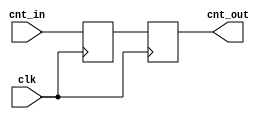
module async_reg ( 
    input clk 
    ,input [31:0] cnt_in 
    ,output reg [31:0] cnt_out
); 

    reg [31:0] cnt_d1; 

    always @ (posedge clk) begin 
        cnt_d1 <= cnt_in ;
        cnt_out <= cnt_d1 ;
    end

endmodule 

module clkgate ( 
    input clk 
    ,input clk_en 
    ,output clk_out 
); 

    assign clk_out = (clk_en == 1) ? clk : 0 ;

endmodule 

module sram_1p  ( 
    input clk 
    ,input ce 
    ,input we 
    ,input [31:0] bwe 
    ,input [31:0] addr 
    ,input [31:0] data 
    ,output reg [31:0] q 
); 

    reg [31:0] mem [0:65536] ;
    
    always @ (posedge clk) begin
        if (ce && we) begin
            mem[addr] = (data & bwe) | (mem[addr] & ~bwe); 
        end
        if (!ce) begin
            q <= mem[addr];
        end
    end

endmodule 

module counter0 ( 
    input clk_1, 
    input clk_2, 
    input clk_3, 
    input clken, 
    output [31:0] cnt, 
    input rstn 
); 

    reg [31:0] cnt_1; 
    reg [31:0] cnt_2; 
    reg [31:0] cnt_3; 
    wire [31:0] cnt_mem; 

    wire [31:0] cnt_2_sync; 
    wire [31:0] cnt_3_sync; 

    wire clk_1_gated; 
    wire clk_2_gated; 
    wire clk_3_gated; 

    assign cnt = cnt_1  | cnt_2_sync  | cnt_3_sync  | cnt_mem ;

    clkgate u_clkgate_1 (
        .clk(clk_1),
        .clk_en (clken),
        .clk_out (clk_1_gated)
    );

    clkgate u_clkgate_2 (
        .clk(clk_2),
        .clk_en (clken),
        .clk_out (clk_2_gated)
    );

    clkgate u_clkgate_3 (
        .clk(clk_3),
        .clk_en (clken),
        .clk_out (clk_3_gated)
    );

    async_reg u_async_reg_2 (
        .clk(clk_1),
        .cnt_in (cnt_2),
        .cnt_out (cnt_2_sync)
    );

    async_reg u_async_reg_3 (
        .clk(clk_1),
        .cnt_in (cnt_3),
        .cnt_out (cnt_3_sync)
    );

    sram_1p u_sram (
        .clk(clk_1),
        .ce(~clk_1),
        .bwe(32'b11111111111111111111111111111111),
        .we(1'b1),
        .addr(cnt),
        .data(cnt),
        .q (cnt_mem)
    );

    always @ (posedge clk_1_gated or negedge rstn) begin 
        if (~rstn) begin 
            cnt_1 <= 'h0 ; 
        end 
        else begin 
            cnt_1 <= cnt_1 + 1 ;
        end 
    end 
    
    always @ (posedge clk_2_gated or negedge rstn) begin 
        if (~rstn) begin 
            cnt_2 <= 'h0 ; 
        end 
        else begin 
            cnt_2 <= cnt_2 + 1 ;
        end 
    end 
    
    always @ (posedge clk_3_gated or negedge rstn) begin 
        if (~rstn) begin 
            cnt_3 <= 'h0 ; 
        end 
        else begin 
            cnt_3 <= cnt_3 + 1 ;
        end 
    end 
    
endmodule 
    
module counter ( 
    input clk_1, 
    input clk_2, 
    input clk_3, 
    input clken, 
    input [31:0] start, 
    output [31:0] cnt, 
    input rstn 
); 

    reg [31:0] cnt_1; 
    reg [31:0] cnt_2; 
    reg [31:0] cnt_3; 
    wire [31:0] cnt_mem; 

    wire [31:0] cnt_2_sync; 
    wire [31:0] cnt_3_sync; 

    wire clk_1_gated; 
    wire clk_2_gated; 
    wire clk_3_gated; 

    assign cnt = cnt_1  | cnt_2_sync  | cnt_3_sync  | start | cnt_mem ;

    clkgate u_clkgate_1 (
        .clk(clk_1),
        .clk_en (clken),
        .clk_out (clk_1_gated)
    );

    clkgate u_clkgate_2 (
        .clk(clk_2),
        .clk_en (clken),
        .clk_out (clk_2_gated)
    );

    clkgate u_clkgate_3 (
        .clk(clk_3),
        .clk_en (clken),
        .clk_out (clk_3_gated)
    );

    async_reg u_async_reg_2 (
        .clk(clk_1),
        .cnt_in (cnt_2),
        .cnt_out (cnt_2_sync)
    );

    async_reg u_async_reg_3 (
        .clk(clk_1),
        .cnt_in (cnt_3),
        .cnt_out (cnt_3_sync)
    );

    sram_1p u_sram (
        .clk(clk_1),
        .ce(~clk_1),
        .bwe(32'b11111111111111111111111111111111),
        .we(1'b1),
        .addr(cnt),
        .data(cnt),
        .q (cnt_mem)
    );

    always @ (posedge clk_1_gated or negedge rstn) begin 
        if (~rstn) begin 
            cnt_1 <= start ; 
        end 
        else begin 
            cnt_1 <= cnt_1 + 1 ;
        end 
    end 
    
    always @ (posedge clk_2_gated or negedge rstn) begin 
        if (~rstn) begin 
            cnt_2 <= start ; 
        end 
        else begin 
            cnt_2 <= cnt_2 + 1 ;
        end 
    end 
    
    always @ (posedge clk_3_gated or negedge rstn) begin 
        if (~rstn) begin 
            cnt_3 <= start ; 
        end 
        else begin 
            cnt_3 <= cnt_3 + 1 ;
        end 
    end 
    
endmodule 
    
module counter_group (
    input clk_1, 
    input clk_2, 
    input clk_3, 
    input clken, 
    input rstn, 
    output[31:0] cnt 
); 
    
    wire clk_1_gated; 
    wire clk_2_gated; 
    wire clk_3_gated; 

    wire[31:0] outcnt_0_0; 
    wire[31:0] outcnt_0_1; 
    wire[31:0] outcnt_0_2; 
    wire[31:0] outcnt_0_3; 
    wire[31:0] outcnt_1_0; 
    wire[31:0] outcnt_1_1; 
    wire[31:0] outcnt_1_2; 
    wire[31:0] outcnt_1_3; 
    wire[31:0] outcnt_2_0; 
    wire[31:0] outcnt_2_1; 
    wire[31:0] outcnt_2_2; 
    wire[31:0] outcnt_2_3; 
    
    assign cnt = 
                outcnt_2_0 | 
                outcnt_2_1 | 
                outcnt_2_2 | 
                outcnt_2_3 ; 
    
    clkgate u_clkgate_1 (
        .clk(clk_1),
        .clk_en (clken),
        .clk_out (clk_1_gated)
    );

    clkgate u_clkgate_2 (
        .clk(clk_2),
        .clk_en (clken),
        .clk_out (clk_2_gated)
    );

    clkgate u_clkgate_3 (
        .clk(clk_3),
        .clk_en (clken),
        .clk_out (clk_3_gated)
    );

    counter0 u_counter_0_0 (
        .clk_1(clk_1_gated),
        .clk_2(clk_2_gated),
        .clk_3(clk_3_gated),
        .rstn(rstn),
        .clken(clken),
        .cnt(outcnt_0_0)
    );

    counter0 u_counter_0_1 (
        .clk_1(clk_1_gated),
        .clk_2(clk_2_gated),
        .clk_3(clk_3_gated),
        .rstn(rstn),
        .clken(clken),
        .cnt(outcnt_0_1)
    );

    counter0 u_counter_0_2 (
        .clk_1(clk_1_gated),
        .clk_2(clk_2_gated),
        .clk_3(clk_3_gated),
        .rstn(rstn),
        .clken(clken),
        .cnt(outcnt_0_2)
    );

    counter0 u_counter_0_3 (
        .clk_1(clk_1_gated),
        .clk_2(clk_2_gated),
        .clk_3(clk_3_gated),
        .rstn(rstn),
        .clken(clken),
        .cnt(outcnt_0_3)
    );

    counter u_counter_1_0 (
        .clk_1(clk_1_gated),
        .clk_2(clk_2_gated),
        .clk_3(clk_3_gated),
        .rstn(rstn),
        .clken(clken),
        .start(outcnt_0_0),
        .cnt(outcnt_1_0)
    );

    counter u_counter_1_1 (
        .clk_1(clk_1_gated),
        .clk_2(clk_2_gated),
        .clk_3(clk_3_gated),
        .rstn(rstn),
        .clken(clken),
        .start(outcnt_0_1),
        .cnt(outcnt_1_1)
    );

    counter u_counter_1_2 (
        .clk_1(clk_1_gated),
        .clk_2(clk_2_gated),
        .clk_3(clk_3_gated),
        .rstn(rstn),
        .clken(clken),
        .start(outcnt_0_2),
        .cnt(outcnt_1_2)
    );

    counter u_counter_1_3 (
        .clk_1(clk_1_gated),
        .clk_2(clk_2_gated),
        .clk_3(clk_3_gated),
        .rstn(rstn),
        .clken(clken),
        .start(outcnt_0_3),
        .cnt(outcnt_1_3)
    );

    counter u_counter_2_0 (
        .clk_1(clk_1_gated),
        .clk_2(clk_2_gated),
        .clk_3(clk_3_gated),
        .rstn(rstn),
        .clken(clken),
        .start(outcnt_1_0),
        .cnt(outcnt_2_0)
    );

    counter u_counter_2_1 (
        .clk_1(clk_1_gated),
        .clk_2(clk_2_gated),
        .clk_3(clk_3_gated),
        .rstn(rstn),
        .clken(clken),
        .start(outcnt_1_1),
        .cnt(outcnt_2_1)
    );

    counter u_counter_2_2 (
        .clk_1(clk_1_gated),
        .clk_2(clk_2_gated),
        .clk_3(clk_3_gated),
        .rstn(rstn),
        .clken(clken),
        .start(outcnt_1_2),
        .cnt(outcnt_2_2)
    );

    counter u_counter_2_3 (
        .clk_1(clk_1_gated),
        .clk_2(clk_2_gated),
        .clk_3(clk_3_gated),
        .rstn(rstn),
        .clken(clken),
        .start(outcnt_1_3),
        .cnt(outcnt_2_3)
    );

    
endmodule 

module counter_group_l1 (
    input clk_1, 
    input clk_2, 
    input clk_3, 
    input clken, 
    input rstn, 
    output[31:0] cnt 
);  
    
    wire clk_1_gated; 
    wire clk_2_gated; 
    wire clk_3_gated; 

    wire[31:0] outcnt_0_0; 
    wire[31:0] outcnt_0_1; 
    wire[31:0] outcnt_0_2; 
    wire[31:0] outcnt_0_3; 
    wire[31:0] outcnt_1_0; 
    wire[31:0] outcnt_1_1; 
    wire[31:0] outcnt_1_2; 
    wire[31:0] outcnt_1_3; 
    wire[31:0] outcnt_2_0; 
    wire[31:0] outcnt_2_1; 
    wire[31:0] outcnt_2_2; 
    wire[31:0] outcnt_2_3; 
    
    assign cnt = 
	        outcnt_0_0 |
                outcnt_0_1 |
                outcnt_0_2 |
                outcnt_0_3 |
	        outcnt_1_0 |
                outcnt_1_1 |
                outcnt_1_2 |
                outcnt_1_3 |
	        outcnt_2_0 |
                outcnt_2_1 |
                outcnt_2_2 |
                outcnt_2_3 ;
    
    clkgate u_clkgate_1 (
        .clk(clk_1),
        .clk_en (clken),
        .clk_out (clk_1_gated)
    );

    clkgate u_clkgate_2 (
        .clk(clk_2),
        .clk_en (clken),
        .clk_out (clk_2_gated)
    );

    clkgate u_clkgate_3 (
        .clk(clk_3),
        .clk_en (clken),
        .clk_out (clk_3_gated)
    );

    counter_group u_counter_0_0 (
        .clk_1(clk_1_gated),
        .clk_2(clk_2_gated),
        .clk_3(clk_3_gated),
        .rstn(rstn),
        .clken(clken),
        .cnt(outcnt_0_0)
    );

    counter_group u_counter_0_1 (
        .clk_1(clk_1_gated),
        .clk_2(clk_2_gated),
        .clk_3(clk_3_gated),
        .rstn(rstn),
        .clken(clken),
        .cnt(outcnt_0_1)
    );

    counter_group u_counter_0_2 (
        .clk_1(clk_1_gated),
        .clk_2(clk_2_gated),
        .clk_3(clk_3_gated),
        .rstn(rstn),
        .clken(clken),
        .cnt(outcnt_0_2)
    );

    counter_group u_counter_0_3 (
        .clk_1(clk_1_gated),
        .clk_2(clk_2_gated),
        .clk_3(clk_3_gated),
        .rstn(rstn),
        .clken(clken),
        .cnt(outcnt_0_3)
    );

    counter_group u_counter_1_0 (
        .clk_1(clk_1_gated),
        .clk_2(clk_2_gated),
        .clk_3(clk_3_gated),
        .rstn(rstn),
        .clken(clken),
        .cnt(outcnt_1_0)
    );

    counter_group u_counter_1_1 (
        .clk_1(clk_1_gated),
        .clk_2(clk_2_gated),
        .clk_3(clk_3_gated),
        .rstn(rstn),
        .clken(clken),
        .cnt(outcnt_1_1)
    );

    counter_group u_counter_1_2 (
        .clk_1(clk_1_gated),
        .clk_2(clk_2_gated),
        .clk_3(clk_3_gated),
        .rstn(rstn),
        .clken(clken),
        .cnt(outcnt_1_2)
    );

    counter_group u_counter_1_3 (
        .clk_1(clk_1_gated),
        .clk_2(clk_2_gated),
        .clk_3(clk_3_gated),
        .rstn(rstn),
        .clken(clken),
        .cnt(outcnt_1_3)
    );

    counter_group u_counter_2_0 (
        .clk_1(clk_1_gated),
        .clk_2(clk_2_gated),
        .clk_3(clk_3_gated),
        .rstn(rstn),
        .clken(clken),
        .cnt(outcnt_2_0)
    );

    counter_group u_counter_2_1 (
        .clk_1(clk_1_gated),
        .clk_2(clk_2_gated),
        .clk_3(clk_3_gated),
        .rstn(rstn),
        .clken(clken),
        .cnt(outcnt_2_1)
    );

    counter_group u_counter_2_2 (
        .clk_1(clk_1_gated),
        .clk_2(clk_2_gated),
        .clk_3(clk_3_gated),
        .rstn(rstn),
        .clken(clken),
        .cnt(outcnt_2_2)
    );

    counter_group u_counter_2_3 (
        .clk_1(clk_1_gated),
        .clk_2(clk_2_gated),
        .clk_3(clk_3_gated),
        .rstn(rstn),
        .clken(clken),
        .cnt(outcnt_2_3)
    );

    
endmodule 

module counter_group_l2 (
    input clk_1, 
    input clk_2, 
    input clk_3, 
    input clken, 
    input rstn, 
    output[31:0] cnt 
); 
    
    wire clk_1_gated ;
    wire clk_2_gated ; 
    wire clk_3_gated ;

    wire[31:0] outcnt_0_0; 
    wire[31:0] outcnt_0_1; 
    wire[31:0] outcnt_0_2; 
    wire[31:0] outcnt_0_3; 
    wire[31:0] outcnt_1_0; 
    wire[31:0] outcnt_1_1; 
    wire[31:0] outcnt_1_2; 
    wire[31:0] outcnt_1_3; 
    wire[31:0] outcnt_2_0; 
    wire[31:0] outcnt_2_1; 
    wire[31:0] outcnt_2_2; 
    wire[31:0] outcnt_2_3; 
    
    assign cnt = 
                outcnt_0_0 | 
                outcnt_0_1 | 
                outcnt_0_2 | 
                outcnt_0_3 |
                outcnt_1_0 | 
                outcnt_1_1 | 
                outcnt_1_2 | 
                outcnt_1_3 |
                outcnt_2_0 | 
                outcnt_2_1 | 
                outcnt_2_2 | 
                outcnt_2_3 ;
    
    clkgate u_clkgate_1 (
        .clk(clk_1),
        .clk_en (clken),
        .clk_out (clk_1_gated)
    );

    clkgate u_clkgate_2 (
        .clk(clk_2),
        .clk_en (clken),
        .clk_out (clk_2_gated)
    );

    clkgate u_clkgate_3 (
        .clk(clk_3),
        .clk_en (clken),
        .clk_out (clk_3_gated)
    );

    counter_group_l1 u_counter_0_0_l1 (
        .clk_1(clk_1_gated),
        .clk_2(clk_2_gated),
        .clk_3(clk_3_gated),
        .rstn(rstn),
        .clken(clken),
        .cnt(outcnt_0_0)
    );

    counter_group_l1 u_counter_0_1_l1 (
        .clk_1(clk_1_gated),
        .clk_2(clk_2_gated),
        .clk_3(clk_3_gated),
        .rstn(rstn),
        .clken(clken),
        .cnt(outcnt_0_1)
    );

    counter_group_l1 u_counter_0_2_l1 (
        .clk_1(clk_1_gated),
        .clk_2(clk_2_gated),
        .clk_3(clk_3_gated),
        .rstn(rstn),
        .clken(clken),
        .cnt(outcnt_0_2)
    );

    counter_group_l1 u_counter_0_3_l1 (
        .clk_1(clk_1_gated),
        .clk_2(clk_2_gated),
        .clk_3(clk_3_gated),
        .rstn(rstn),
        .clken(clken),
        .cnt(outcnt_0_3)
    );

    counter_group_l1 u_counter_1_0_l1 (
        .clk_1(clk_1_gated),
        .clk_2(clk_2_gated),
        .clk_3(clk_3_gated),
        .rstn(rstn),
        .clken(clken),
        .cnt(outcnt_1_0)
    );

    counter_group_l1 u_counter_1_1_l1 (
        .clk_1(clk_1_gated),
        .clk_2(clk_2_gated),
        .clk_3(clk_3_gated),
        .rstn(rstn),
        .clken(clken),
        .cnt(outcnt_1_1)
    );

    counter_group_l1 u_counter_1_2_l1 (
        .clk_1(clk_1_gated),
        .clk_2(clk_2_gated),
        .clk_3(clk_3_gated),
        .rstn(rstn),
        .clken(clken),
        .cnt(outcnt_1_2)
    );

    counter_group_l1 u_counter_1_3_l1 (
        .clk_1(clk_1_gated),
        .clk_2(clk_2_gated),
        .clk_3(clk_3_gated),
        .rstn(rstn),
        .clken(clken),
        .cnt(outcnt_1_3)
    );

    counter_group_l1 u_counter_2_0_l1 (
        .clk_1(clk_1_gated),
        .clk_2(clk_2_gated),
        .clk_3(clk_3_gated),
        .rstn(rstn),
        .clken(clken),
        .cnt(outcnt_2_0)
    );

    counter_group_l1 u_counter_2_1_l1 (
        .clk_1(clk_1_gated),
        .clk_2(clk_2_gated),
        .clk_3(clk_3_gated),
        .rstn(rstn),
        .clken(clken),
        .cnt(outcnt_2_1)
    );

    counter_group_l1 u_counter_2_2_l1 (
        .clk_1(clk_1_gated),
        .clk_2(clk_2_gated),
        .clk_3(clk_3_gated),
        .rstn(rstn),
        .clken(clken),
        .cnt(outcnt_2_2)
    );

    counter_group_l1 u_counter_2_3_l1 (
        .clk_1(clk_1_gated),
        .clk_2(clk_2_gated),
        .clk_3(clk_3_gated),
        .rstn(rstn),
        .clken(clken),
        .cnt(outcnt_2_3)
    );

    
endmodule 

module dut_top (
    input clk_1, 
    input clk_2, 
    input clk_3, 
    input clken, 
    input rstn, 
    output[31:0] cnt 
); 
    
    counter_group_l2 u_counter_group_l2 (
        .clk_1(clk_1),
        .clk_2(clk_2),
        .clk_3(clk_3),
        .clken(clken),
        .rstn(rstn),
        .cnt(cnt)
    );

    
endmodule